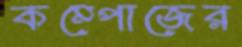
কম্পোজের